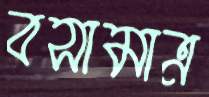
বসামাত্র